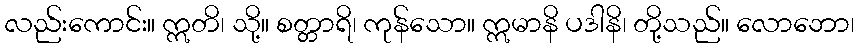
လည်းကောင်း။ ဣတိ၊ သို့။ စတ္တာရိ၊ ကုန်သော။ ဣမာနိ ပဒါနိ၊ တို့သည်။ လောဘော၊